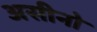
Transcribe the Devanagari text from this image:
असीनो